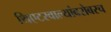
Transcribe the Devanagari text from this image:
थिएटरवाल्यांबरोबरच